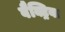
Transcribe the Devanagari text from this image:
वैक्ट्रिया